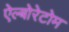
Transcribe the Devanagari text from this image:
ऐल्बोरेटोम